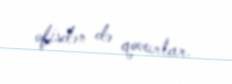
ofisdən də qovurlar.